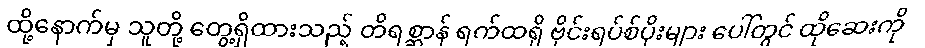
ထို့နောက်မှ သူတို့ တွေ့ရှိထားသည့် တိရစ္ဆာန် ရက်ထရို ဗိုင်းရပ်စ်ပိုးများ ပေါ်တွင် ထိုဆေးကို